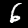
Label: 6